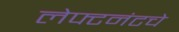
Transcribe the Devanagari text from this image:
लेफ्टनंटचे